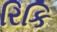
રિકિ